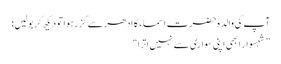
آپ کی والدہ حضرت اسماء کا ادھر سے گزر ہوا تو دیکھ کر بولیں:
”شہسوار ابھی اپنی سواری سے نہیں اترا“